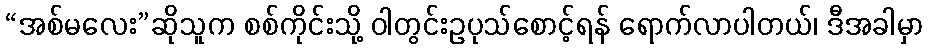
“အစ်မလေး”ဆိုသူက စစ်ကိုင်းသို့ ဝါတွင်းဥပုသ်စောင့်ရန် ရောက်လာပါတယ်၊ ဒီအခါမှာ